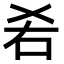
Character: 𠯌